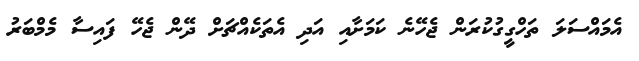
އެމައްސަލަ ތަހްގީގުކުރަން ޖެހޭނެ ކަމަށާއި އަދި އެތަކެއްޗަށް ދޭން ޖެހޭ ފައިސާ މެމްބަރު